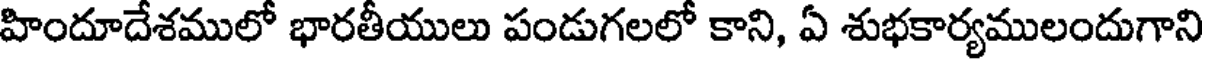
హిందూదేశములో భారతీయులు పండుగలలో కాని, ఏ శుభకార్యములందుగాని